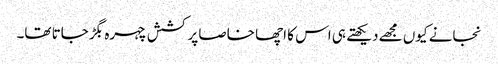
نجانے کیوں مجھے دیکھتے ہی اس کا اچھا خاصا پرکشش چہرہ بگڑ جاتا تھا۔